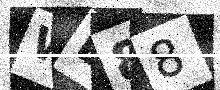
Text: WE88